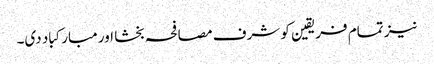
نیز تمام فریقین کو شرف مصافحہ بخشا اور مبارکباد دی۔